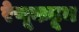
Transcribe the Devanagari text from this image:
रेणूकडून